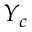
Y _ { c }